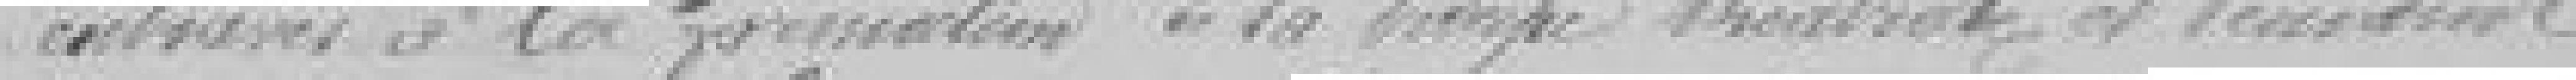
entraves à la formation de sa troupe théâtrale et demande